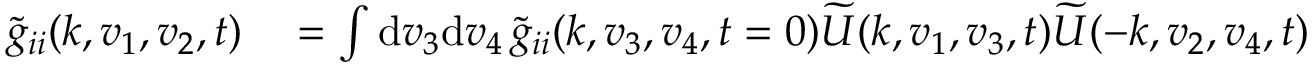
\begin{array} { r l } { \widetilde { g } _ { i i } ( \boldsymbol { k } , \boldsymbol { v } _ { 1 } , \boldsymbol { v } _ { 2 } , t ) } & { { } = \int \mathrm { d } \boldsymbol { v } _ { 3 } \mathrm { d } \boldsymbol { v } _ { 4 } \, \widetilde { g } _ { i i } ( \boldsymbol { k } , \boldsymbol { v } _ { 3 } , \boldsymbol { v } _ { 4 } , t = 0 ) \widetilde { U } ( \boldsymbol { k } , \boldsymbol { v } _ { 1 } , \boldsymbol { v } _ { 3 } , t ) \widetilde { U } ( - \boldsymbol { k } , \boldsymbol { v } _ { 2 } , \boldsymbol { v } _ { 4 } , t ) } \end{array}